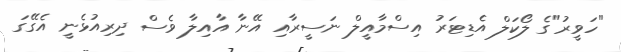
"ހަވީރު"ގެ ލޯކަލް އެޑިޓަރު އިސްމާއީލް ނަސީރާއި އޭނާ އާއިލާ ވެސް ދިރިއުޅެނީ އެގޭގަ